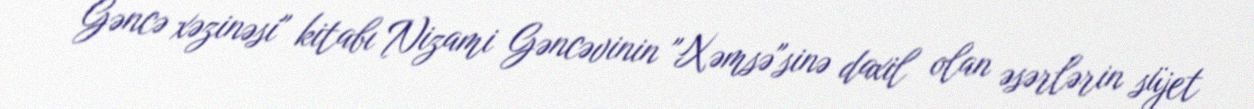
Gəncə xəzinəsi" kitabı Nizami Gəncəvinin "Xəmsə"sinə daxil olan əsərlərin süjet